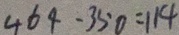
4 6 4 - 3 5 0 = 1 1 4